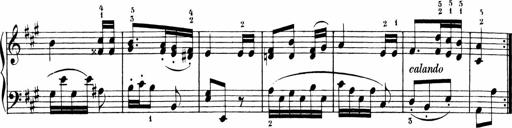
Title: Sonatinen Op.47, 98 und 136, nebst 6 Liedersonatinen
Composer: Carl Reinecke